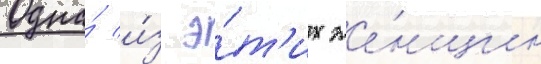
Одна́ и́з э́т'их же́нщин